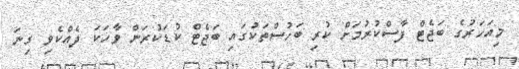
މިއަހަރުގެ ބަޖެޓް ފާސްކުރުމަށް ކުރި ބަހުސްތަކުގައި ބަޖެޓް ކުޑަކުރަން ވާހަކަ ދެއްކެވި ގިނަ